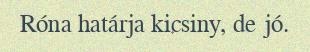
Róna határja kicsiny, de jó.